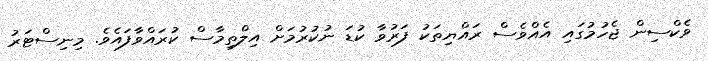
ވެކްސިން ޖެހުމުގައި އެއްވެސް ރައްޔިތަކު ފަރުވާ ކުޑަ ނުކުރުމަށް އިލްތިމާސް ކުރައްވާފައެވެ. މިނިސްޓަރު